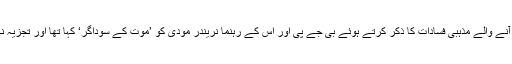
گجرات میں 2007 کے اسمبلی انتخابات کے دوران سونیا گاندھی نے ریاست میں ییش آنے والے مذہبی فسادات کا ذکر کرتے ہوئے بی جے پی اور اس کے رہنما نریندر مودی کو ’موت کے سوداگر‘ کہا تھا اور تجزیہ نگار مانتے ہیں کہ ان کے اس بیان کی پارٹی کو بھاری سیاسی قیمت ادا کرنی پڑی تھی۔